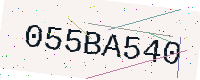
Text: 055BA540